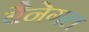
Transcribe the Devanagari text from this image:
बैनेगल